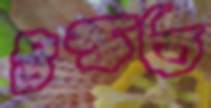
উস্‌কত